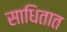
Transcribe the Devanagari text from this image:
साधितात